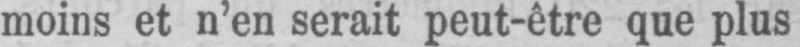
moins et n’en serait peut-être que plus